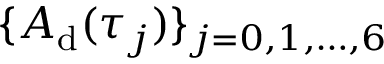
\{ A _ { \mathrm { d } } ( \tau _ { j } ) \} _ { j = 0 , 1 , \dots , 6 }